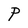
Character: P